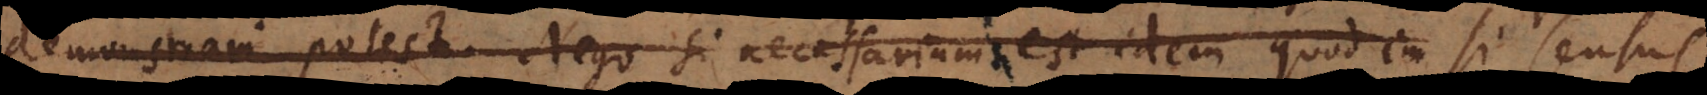
demonstrari potest. Nego si necessarium est idem quod im si sensus